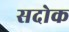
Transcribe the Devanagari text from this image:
सदोक